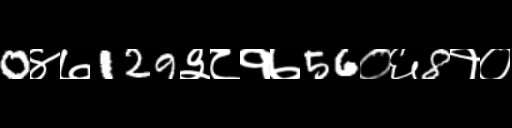
Text: 0४७129३८१७56०६8१०